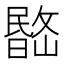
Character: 𣊽